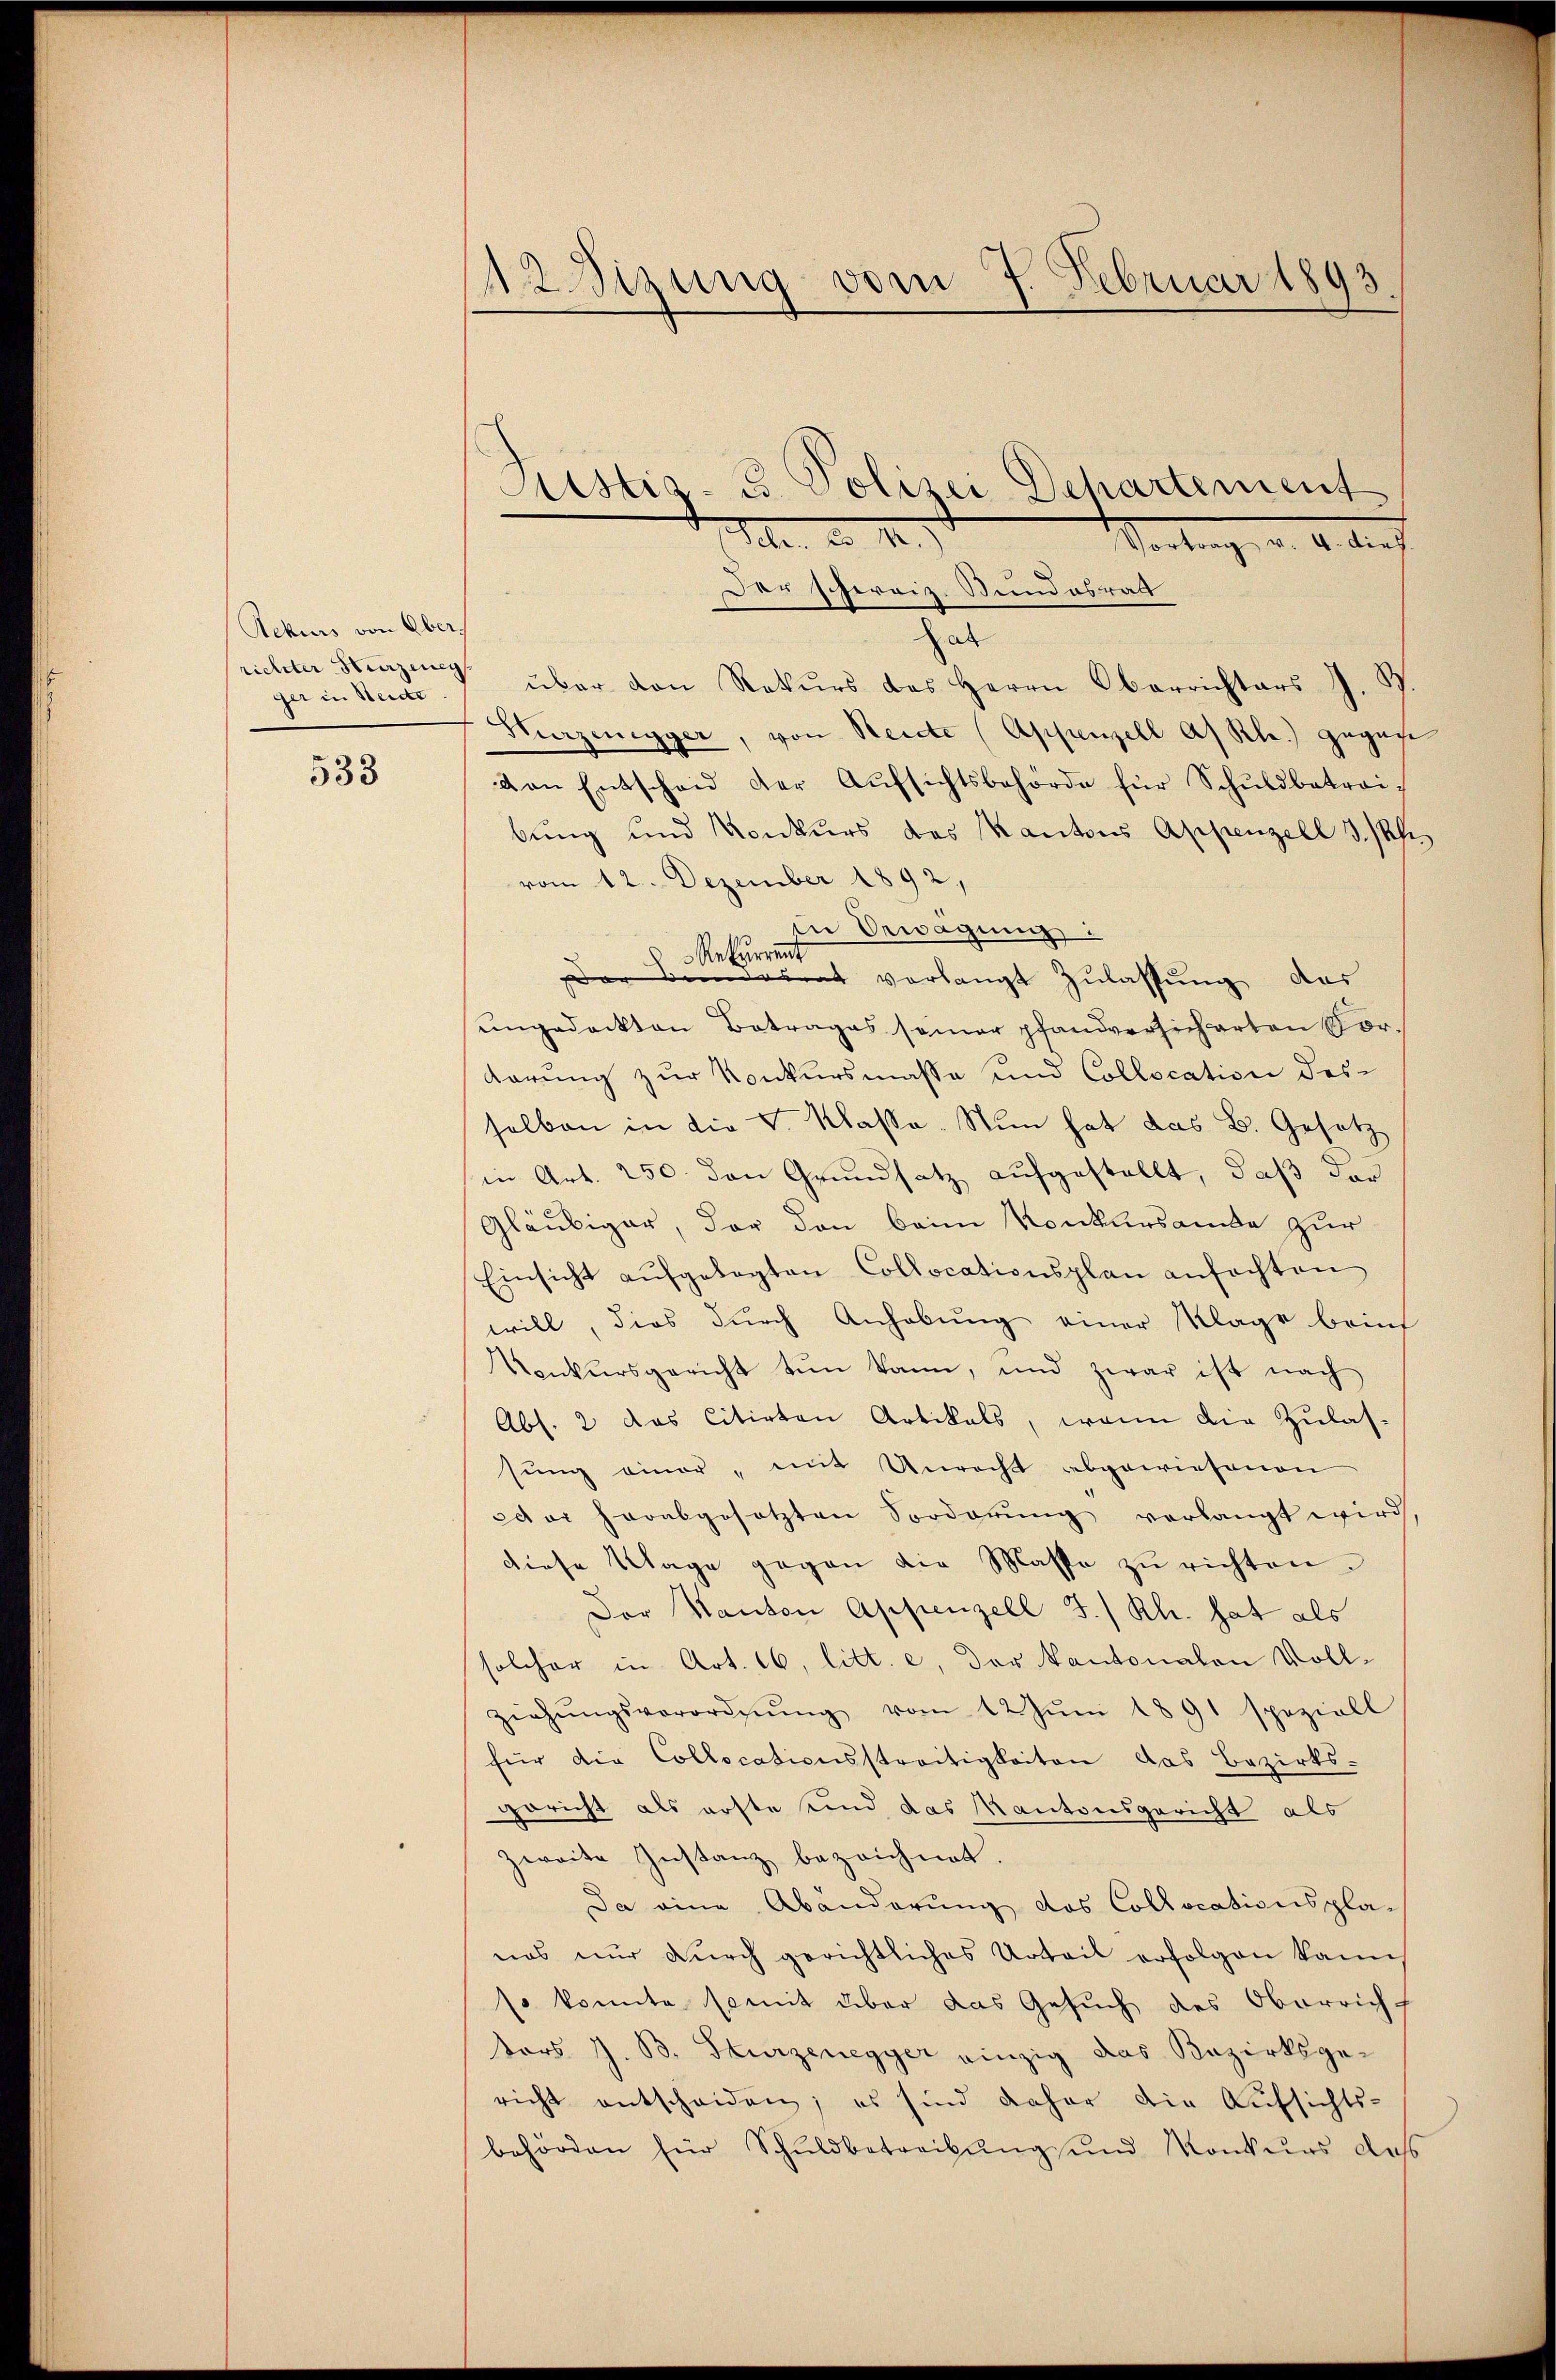
Aekurs von Ober.
richter Herzeneg
ger in Seite

533

AWizung vom 7. Februar 1893.

Justiz- u. Polizei Departement
d. d. M.
Vortrag, d. M. die
Der schweiz. Stundesrath
hab
über den Rekŭrs des Herrn Oberrichters J. B
Hurzenegger, von Reite (Appenzell A/Rle.) Zugese
von Entscheid der Aŭfsichtsbehörde für Schŭldbetrai-
bung und Konkurs des Kantons Appenzell I/Rh.
vom 12. Dezember 1892,
die Erwägung
der heute verlangt Zulassung, das
ungedeckten Betrages seiner pfandversicherten Vor¬
Karung zur Konkursmasse und Collocation des
selben in die V. Klasse. Nun hat das B. Gesetz
in Art. 250. den Grundsatz aufgestellt, daß der
Gläubiger, der den beim Konkursamte zur
Einsicht aŭfgelegten Collocationsplan anfochten
will, dies dŭrch Anhebŭng einer Klage beim
Konkursgericht tun kann, und zwar ist nach
Abs. 2 das citirten Artikals, wenn die Zulas-
sŭng einer, mit Unrecht abgewiesenen
dder herabgesetzten Sorderŭng verlangt wird,
diese Klage gegen die Masse zŭ richten.
Der Kanton Appenzell I/Rh. hat als
solcher in Art. 16, litt. e, der Kantonalen Vollziehŭngsverordnŭng vom 12. Jŭni 1891 speziell
für die Collocationsstreitigkeiten das Bezirks-
gericht als erste und das Kantonsgericht als
zweite Instanz bezeichnet.
Da eine Abänderung das Collocationspla-
nas nur durch gerichtliches Urteil erfolgen kann
so konnte somit über das Gesuch des Oberricht
tors J. B. Kurzenegger einzig das Bezirksgericht entscheiden; es sind daher die Aufsichts-
behörden für Schuldbetreibŭng und Konkurs des